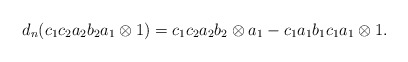
\begin{align*}d_n(c_1c_2a_2b_2a_1 \otimes 1) = c_1c_2a_2b_2 \otimes a_1 - c_1a_1b_1c_1a_1 \otimes 1.\end{align*}